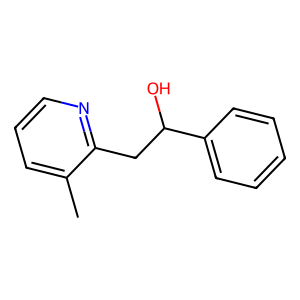
SMILES: Cc1cccnc1CC(O)c1ccccc1
Inhibits HIV replication: No